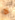
لا